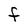
Character: F